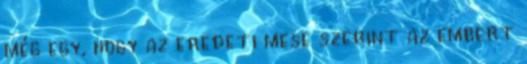
még egy, hogy az eredeti mese szerint az embert